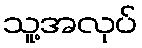
သူ့အလုပ်